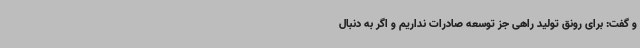
و گفت: برای رونق تولید راهی جز توسعه صادرات نداریم و اگر به دنبال